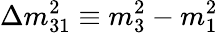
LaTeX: \Delta m_{31}^{2}\equiv m_{3}^{2}-m_{1}^{2}